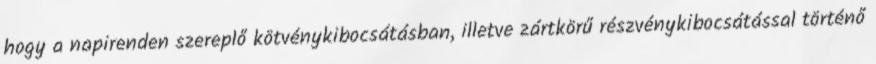
hogy a napirenden szereplő kötvénykibocsátásban, illetve zártkörű részvénykibocsátással történő